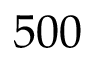
5 0 0